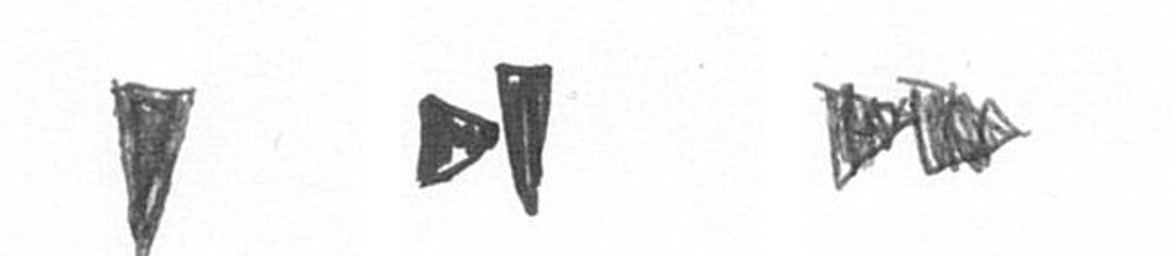
J M A